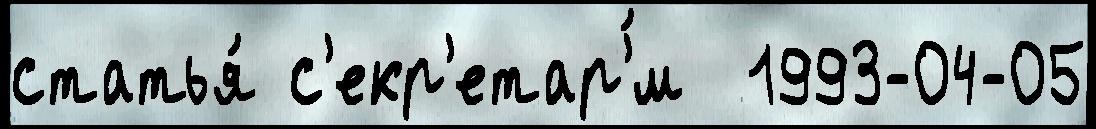
статья́ с'екр'етар'́м  1993-04-05